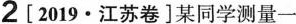
2[2019·江苏卷]某同学测量一测砧测微螺杆